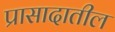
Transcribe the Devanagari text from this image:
प्रासादातील